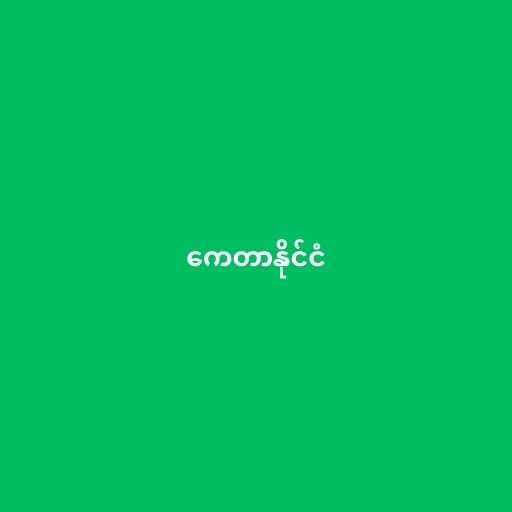
ကေတာနိုင်ငံ